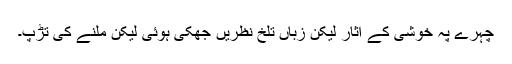
چہرے پہ خوشی کے آثار لیکن زباں تلخ نظریں جھکی ہوئی لیکن ملنے کی تڑپ۔